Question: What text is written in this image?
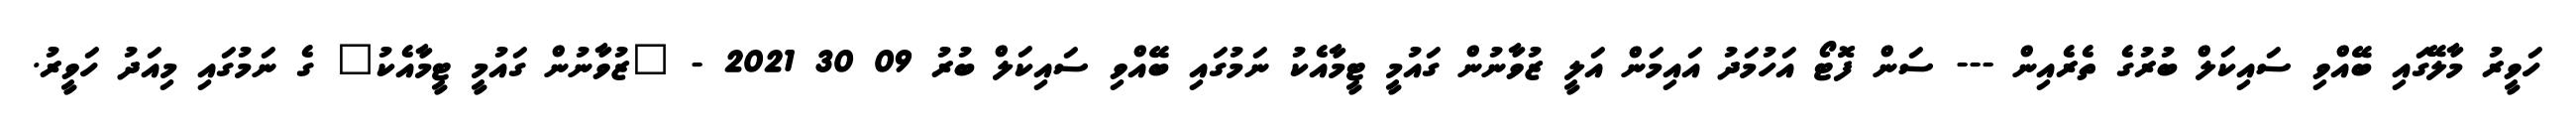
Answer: ހަވީރު މާލޭގައި ބޭއްވި ސައިކަލް ބުރުގެ ތެރެއިން --- ސަން ފޮޓޯ އަހުމަދު އައިމަން އަލީ ޒުވާނުން ގައުމީ ޓީމާއެކު ނަމުގައި ބޭއްވި ސައިކަލް ބުރު 09 30 2021 - "ޒުވާނުން ގައުމީ ޓީމާއެކު" ގެ ނަމުގައި މިއަދު ހަވީރު.